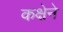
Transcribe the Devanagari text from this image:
कक्षेने